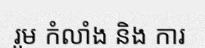
រួម កំលាំង និង ការ